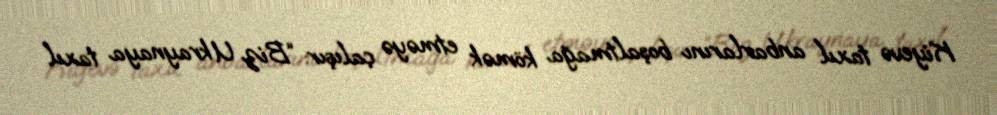
Kiyevə taxıl anbarlarını boşaltmağa kömək etməyə çalışır: “Biz Ukraynaya taxıl